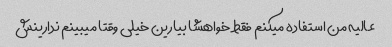
عالیه من استفاده میکنم فقط خواهشا بیارین خیلی وقتا میبینم ندارینش